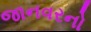
જાનવરનો